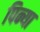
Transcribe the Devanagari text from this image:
पिन्या